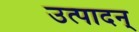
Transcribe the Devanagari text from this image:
उत्पादन्